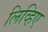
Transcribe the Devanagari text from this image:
लिव्हिए